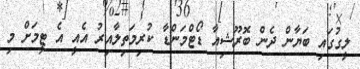
ލީގުގައި ބަޔާން ދެން ބޮރޫޝިއާ ޑޯޓްމަންޑާ ކުރިމަތިލާއިރު އެއީ އެ ޓީމަށް މި